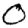
Digit: 0